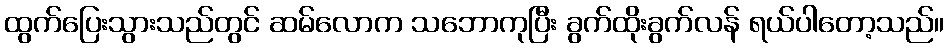
ထွက်ပြေးသွားသည်တွင် ဆမ်လောက သဘောကုပြီး ခွက်ထိုးခွက်လန် ရယ်ပါတော့သည်။